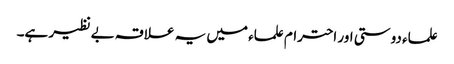
علماء دوستی اور احترام علماء میں یہ علاقہ بے نظیر ہے۔